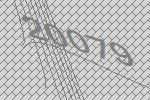
20079